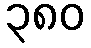
၃၈၀